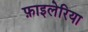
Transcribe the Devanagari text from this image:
फ़ाइलेरिया